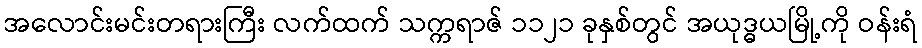
အလောင်းမင်းတရားကြီး လက်ထက် သက္ကရာဇ် ၁၁၂၁ ခုနှစ်တွင် အယုဒ္ဓယမြို့ကို ဝန်းရံ